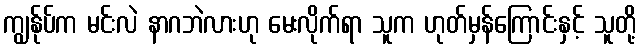
ကျွန်ုပ်က မင်းလဲ နာဂဘဲလားဟု မေးလိုက်ရာ သူက ဟုတ်မှန်ကြောင်းနှင့် သူတို့